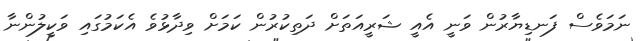
ނަމަވެސް ފަނޑިޔާރުން ވަނީ އެއީ ޝަރީއަތަށް ދަތިކުރުން ކަމަށް ވިދާޅުވެ އެކަމުގައި ވަކީލުންނާ